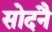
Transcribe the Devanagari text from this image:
सोदनै